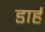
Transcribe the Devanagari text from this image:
डार्ह